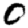
Digit: 0